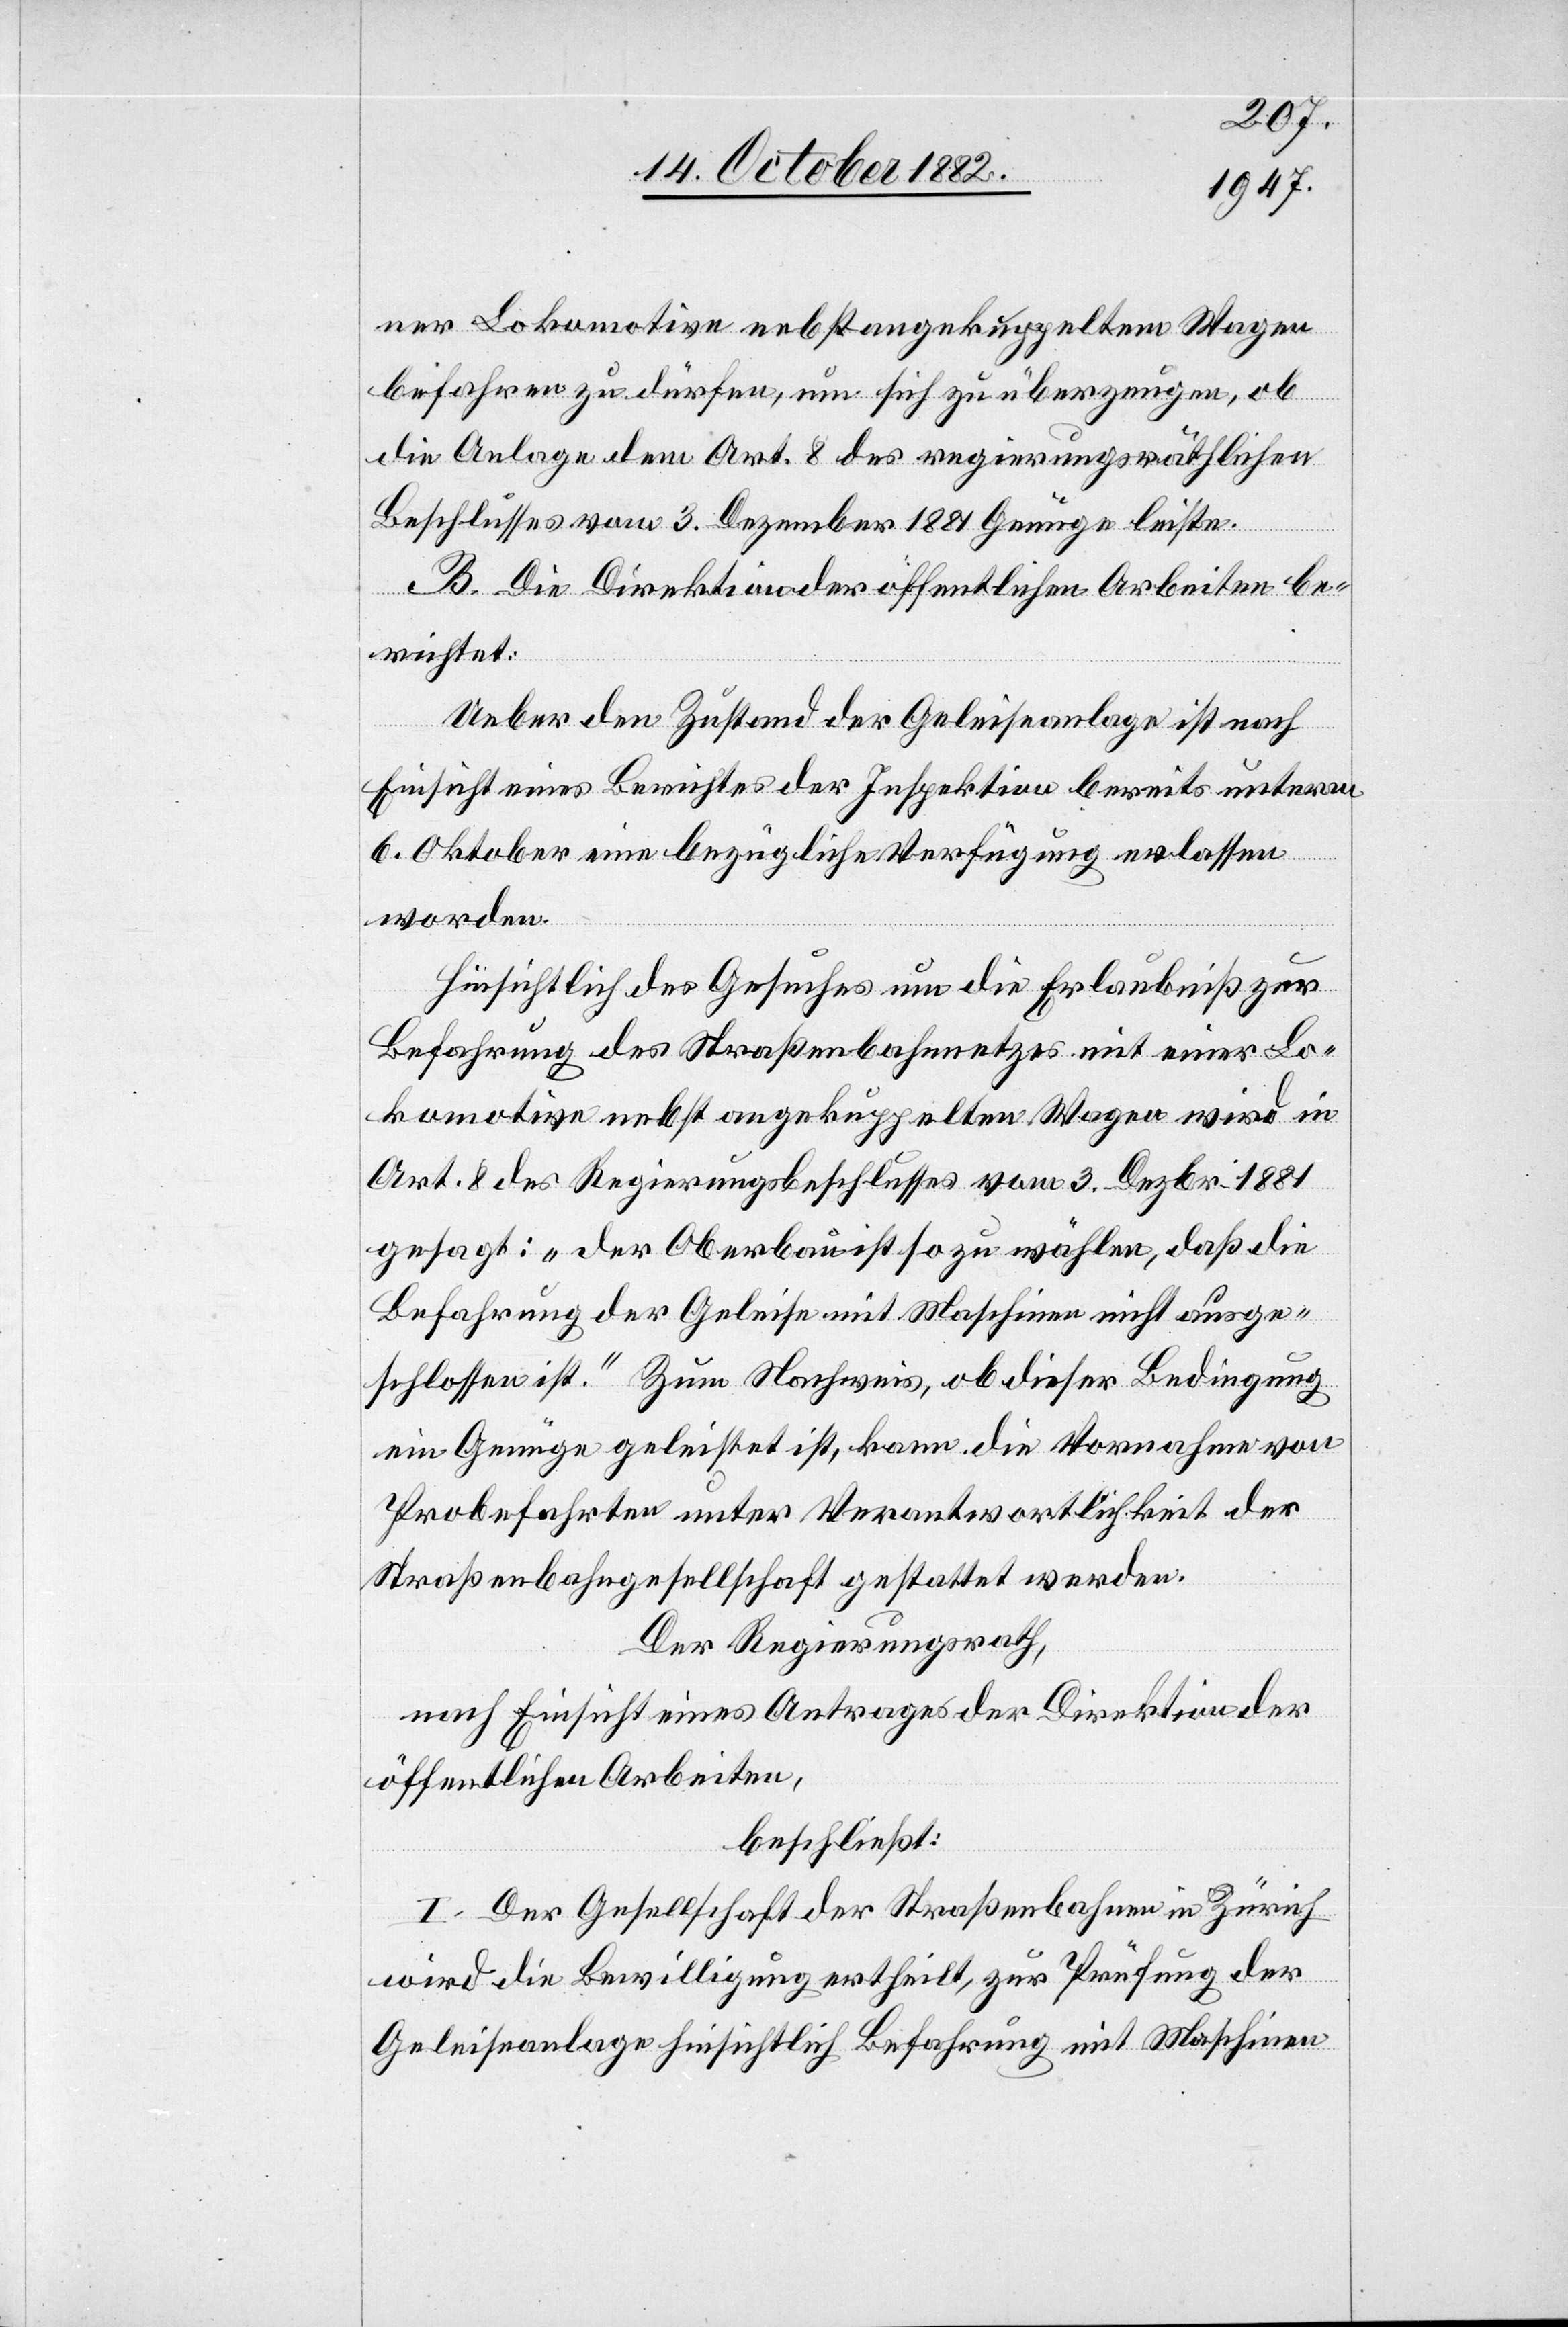
ner Lokomotive nebst angekuppeltem Wagen
befahren zu dürfen, um sich zu überzeugen, ob
die Anlage dem Art. 8 des regierungsräthlichen
Beschlusses vom 3. Dezember 1881 Genüge leiste.
B. Die Direktion der öffentlichen Arbeiten be¬
richtet:
Ueber den Zustand der Geleiseanlage ist nach
Einsicht eines Berichtes der Inspektion bereits unterm
6. Oktober eine bezügliche Verfügung erlassen
worden.
Hinsichtlich des Gesuches um die Erlaubniß zur
Befahrung des Straßenbahnnetzes mit einer Lo¬
komotive nebst angekuppelten Wagen wird in
Art. 8 des Regierungsrathsbeschlusses vom 3. Dezbr. 1881
gesagt: „der Oberbau ist so zu wählen, daß die
Befahrung der Geleise mit Maschinen nicht ausge¬
schlossen ist.“ Zum Nachweis, ob dieser Bedingung
ein Genüge geleistet ist, kann die Vornahme von
Probefahrten unter Verantwortlichkeit der
Straßenbahngesellschaft gestattet werden.
Der Regierungsrath,
nach Einsicht eines Antrages der Direktion der
öffentlichen Arbeiten,
beschließt:
I. Der Gesellschaft der Straßenbahnen in Zürich
wird die Bewilligung ertheilt, zur Prüfung der
Geleiseanlage hinsichtlich Befahrung mit Maschinen